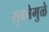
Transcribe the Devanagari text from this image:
सुबत्तेमुळे